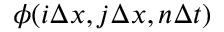
\phi ( i \Delta x , j \Delta x , n \Delta t )